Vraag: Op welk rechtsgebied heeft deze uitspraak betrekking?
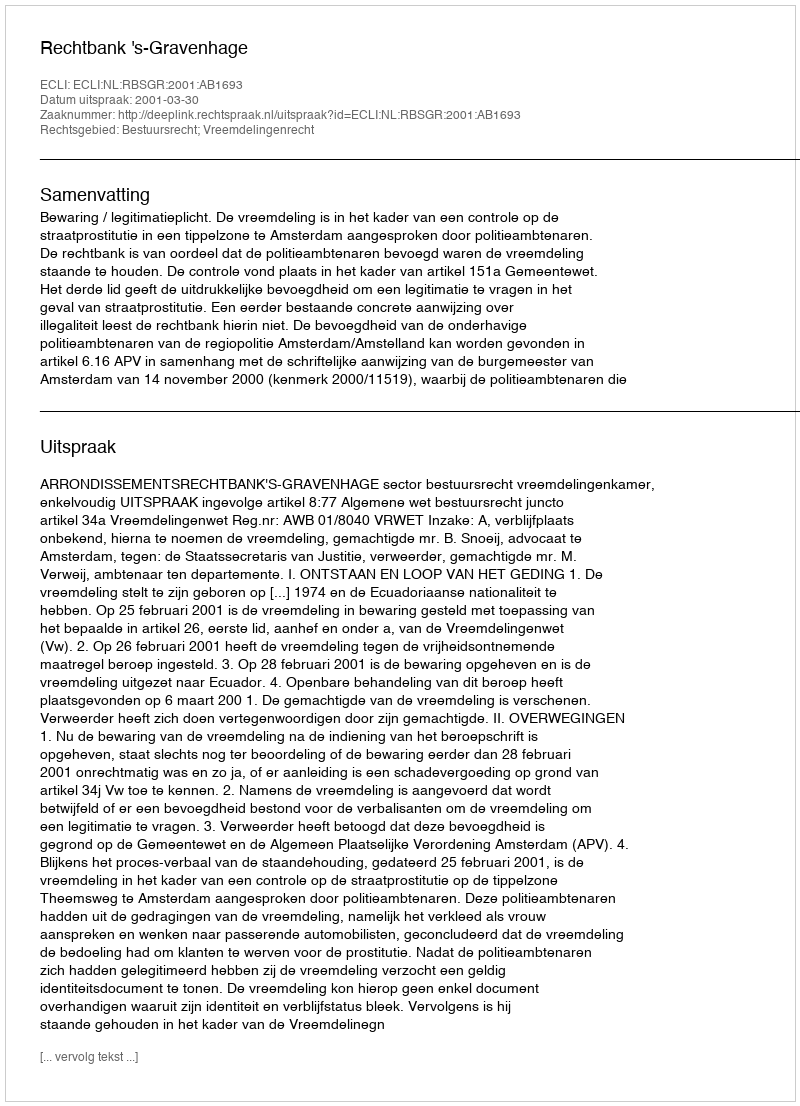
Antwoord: Bestuursrecht; Vreemdelingenrecht